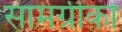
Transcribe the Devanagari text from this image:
सामग्रीको